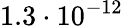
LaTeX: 1.3\cdot 10^{-12}